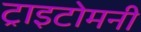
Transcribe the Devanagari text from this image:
ट्राइटोमनी